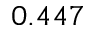
0 . 4 4 7